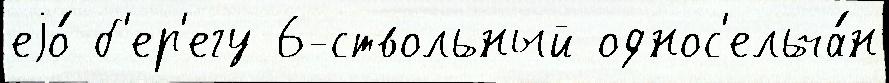
еjо́ б'ер'егу 6-ствольный однос'ельча́н